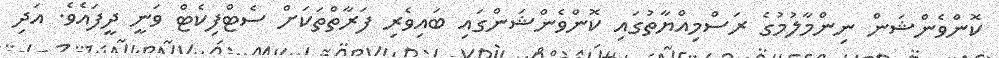
ކޮންވެންޝަން ނިންމާލުމުގެ ރަސްމިއްޔާތުގައި ކޮންވެންޝަންގައި ބައިވެރި ފަރާތްތަކަށް ސެޓްފިކެޓް ވަނީ ދީފައެވެ. އަދި